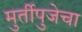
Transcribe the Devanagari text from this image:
मुर्तीपुजेचा